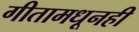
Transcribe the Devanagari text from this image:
गीतामधूनही